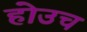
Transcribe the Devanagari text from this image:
होउच